Annual vaccination report of Bihar and Orissa - 1911-1928
Year: 1911
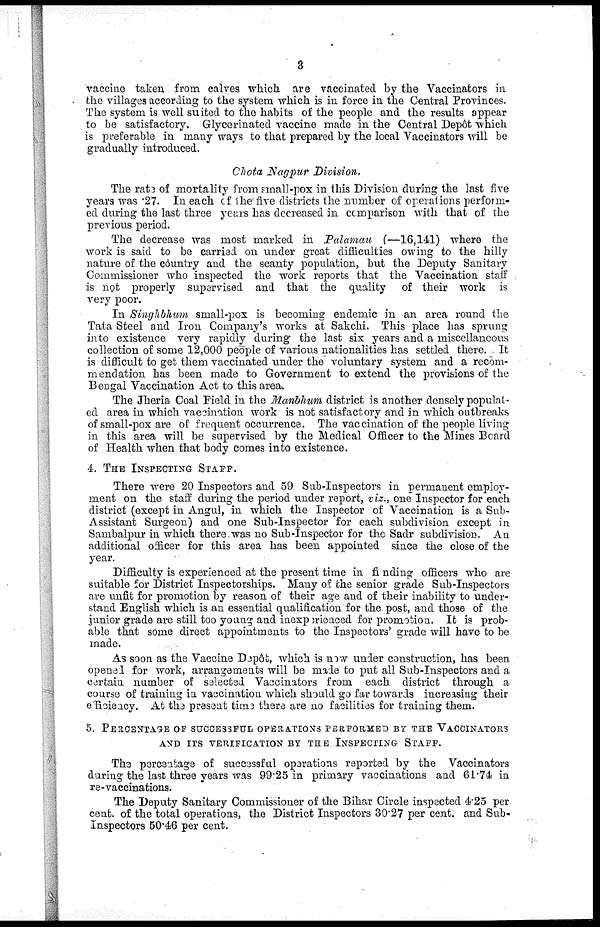
3
vaccine taken from calves which are vaccinated by the Vaccinators in
the villages according to the system which is in force in the Central Provinces.
The system is well suited to the habits of the people and the results appear
to be satisfactory. Glycerinated vaccine made in the Central Depôt which
is preferable in many ways to that prepared by the local Vaccinators will be
gradually introduced.
Chota Nagpur Division.
The rate of mortality from small-pox in this Division during the last five
years was .27. In each of the five districts the number of operations perform-
ed during the last three years has decreased in comparison with that of the
previous period.
The decrease was most marked in Palamau (—16,141) where the
work is said to be carried on under great difficulties owing to the hilly
nature of the country and the scanty population, but the Deputy Sanitary
Commissioner who inspected the work reports that the Vaccination staff
is not properly supervised and that the quality of their work is
very poor.
In Singhbhum small-pox is becoming endemic in an area round the
Tata Steel and Iron Company's works at Sakchi. This place has sprung
into existence very rapidly during the last six years and a miscellaneous
collection of some 12,000 people of various nationalities has settled there. It
is difficult to get them vaccinated under the voluntary system and a recom-
mendation has been made to Government to extend the provisions of the
Bengal Vaccination Act to this area.
The Jheria Coal Field in the Manbhum district is another densely populat-
ed area in which vaccination work is not satisfactory and in which outbreaks
of small-pox are of frequent occurrence. The vaccination of the people living
in this area will be supervised by the Medical Officer to the Mines Board
of Health when that body comes into existence.
4. THE INSPECTING STAFF.
There were 20 Inspectors and 59 Sub-Inspectors in permanent employ-
ment on the staff during the period under report, viz., one Inspector for each
district (except in Angul, in which the Inspector of Vaccination is a Sub-
Assistant Surgeon) and one Sub-Inspector for each subdivision except in
Sambalpur in which there was no Sub-Inspector for the Sadr subdivision. An
additional officer for this area has been appointed since the close of the
year.
Difficulty is experienced at the present time in finding officers who are
suitable for District Inspectorships. Many of the senior grade Sub-Inspectors
are unfit for promotion by reason of their age and of their inability to under-
stand English which is an essential qualification for the post, and those of the
junior grade are still too young and inexperienced for promotion. It is prob-
able that some direct appointments to the Inspectors' grade will have to be
made.
As soon as the Vaccine Depôt, which is now under construction, has been
opened for work, arrangements will be made to put all Sub-Inspectors and a
certain number of selected Vaccinators from each district through a
course of training in vaccination which should go far towards increasing their
efficiency. At the present time there are no facilities for training them.
5. PERCENTAGE OF SUCCESSFUL OPERATIONS PERFORMED BY THE VACCINATORS
AND ITS VERIFICATION BY THE INSPECTING STAFF.
The percentage of successful operations reported by the Vaccinators
during the last three years was 99.25 in primary vaccinations and 61.74 in
re-vaccinations.
The Deputy Sanitary Commissioner of the Bihar Circle inspected 4.25 per
cent. of the total operations, the District Inspectors 30.27 per cent. and Sub-
Inspectors 50.46 per cent.